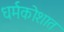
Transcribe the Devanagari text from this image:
धर्मकोशात